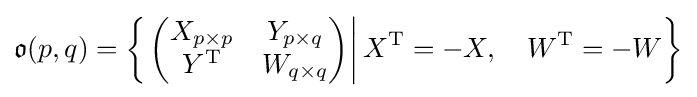
{\mathfrak {o}}(p,q)=\left\{\left.\left({\begin{matrix}X_{p\times p}&Y_{p\times q}\\Y^{\mathrm {T} }&W_{q\times q}\end{matrix}}\right)\right|X^{\mathrm {T} }=-X,\quad W^{\mathrm {T} }=-W\right\}